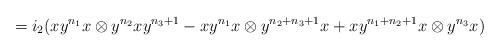
LaTeX: \begin{align*} = i_2( xy^{n_1}x \otimes y^{n_2}xy^{n_3+1} - xy^{n_1}x \otimes y^{n_2+n_3+1}x + xy^{n_1+n_2+1}x \otimes y^{n_3}x) \end{align*}